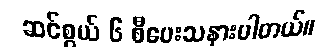
ဆင်စွယ် ၆ စီပေးသနားပါတယ်။